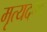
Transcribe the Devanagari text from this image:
मृत्यदण्ड